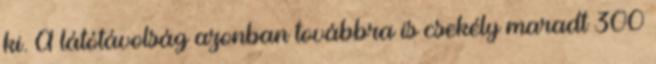
ki. A látótávolság azonban továbbra is csekély maradt 300